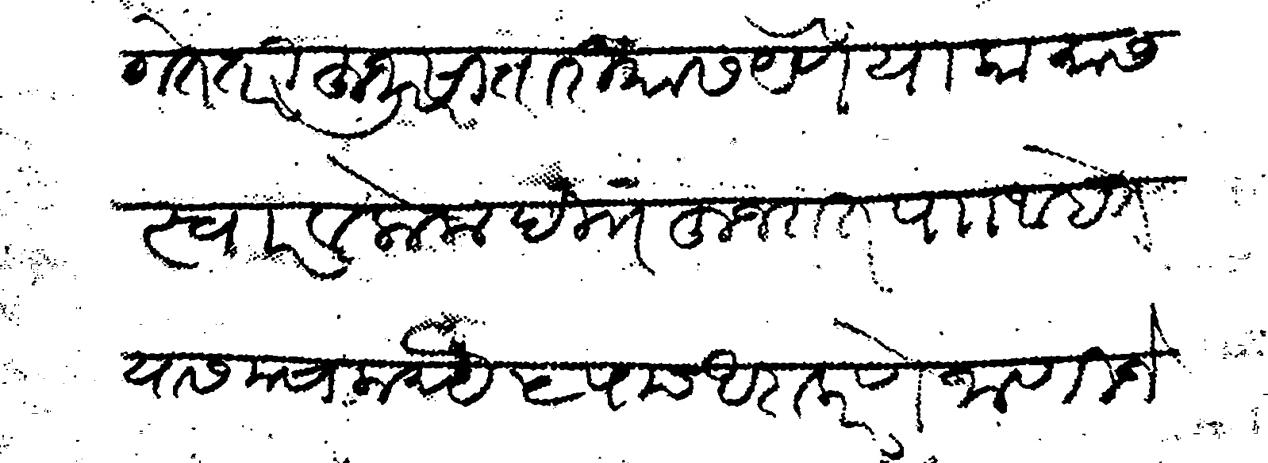
Transliteration (Devanagari): लागते तरी हुजूर सातारीयास येणे या कामास स्वार व लोक दी हुजरात पा आहेत यास मसाला रुये ५ पाच आदा करणे जाणिजे